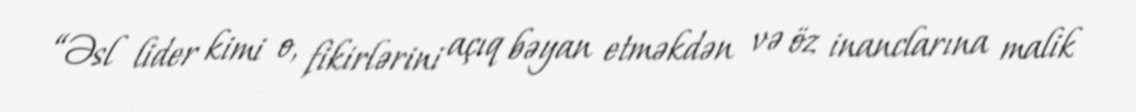
“Əsl lider kimi o, fikirlərini açıq bəyan etməkdən və öz inanclarına malik